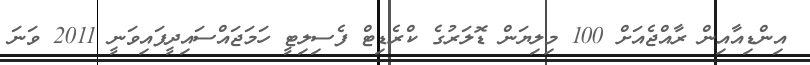
އިންޑިއާއިން ރާއްޖެއަށް 100 މިލިޔަން ޑޮލަރުގެ ކްރެޑިޓް ފެސިލިޓީ ހަމަޖައްސައިދީފައިވަނީ 2011 ވަނަ